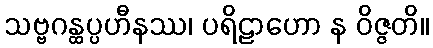
သဗ္ဗဂန္ထပ္ပဟီနဿ၊ ပရိဠာဟော န ဝိဇ္ဇတိ။